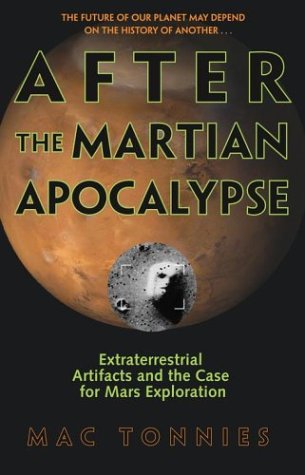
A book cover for After the Martian Apocalypse: Extraterrestrial Artifacts and the Case for Mars Exploration; Mac Tonnies; Science & Math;